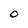
Character: O